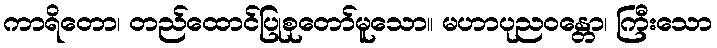
ကာရိတော၊ တည်ထောင်ပြုစုတော်မူသော။ မဟာပုညဝန္တော၊ ကြီးသော